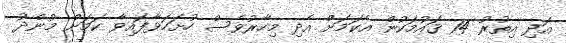
އަދި އިތުރު 14 ޤައުމަކުން އެކަމަށް އެދި މިހާރުވެސް ހުށަހަޅާފައިވާ ކަމަށް މުންދު